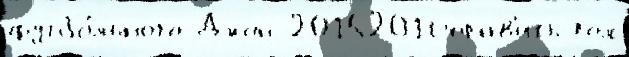
футбо́льного Джон 20152016прав'ить гол